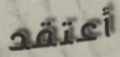
أعتقد